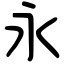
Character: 永